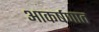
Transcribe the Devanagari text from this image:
आकर्षणात